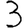
Digit: 3